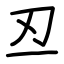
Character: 丒